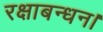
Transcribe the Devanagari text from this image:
रक्षाबन्धन।